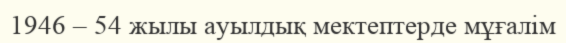
1946 – 54 жылы ауылдық мектептерде мұғалім